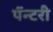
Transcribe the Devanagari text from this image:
पॅन्टरी